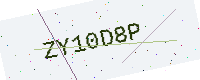
Text: ZY10D8P